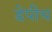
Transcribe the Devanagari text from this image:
डेपीच